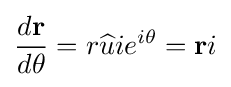
{\frac {d\mathbf {r} }{d\theta }}=r{\widehat {u}}ie^{i\theta }=\mathbf {r} i